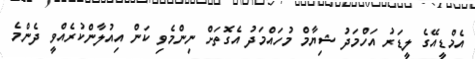
އެމްޑީއޭގެ ލީޑަރު އަހްމަދު ޝިޔާމް މުހައްމަދު އެގޮތަށް ނިންމެވި ކަން އިއުލާންކުރެއްވީ ދެންމެ